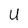
Character: U